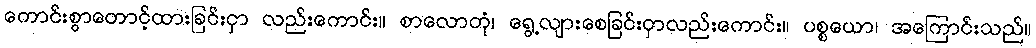
ကောင်းစွာတောင့်ထားခြင်းငှာ လည်းကောင်း။ စာလောတုံ၊ ရွေ့လျားစေခြင်းငှာလည်းကောင်း။ ပစ္စယော၊ အကြောင်းသည်။